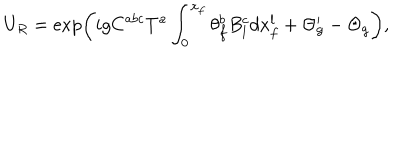
LaTeX: U _ { R } = \exp \left( i g C ^ { a b c } T ^ { a } \int _ { 0 } ^ { x _ { f } } \theta _ { f } ^ { b } B _ { l } ^ { c } d x _ { f } ^ { l } + \Theta _ { g } ^ { \prime } - \Theta _ { g } \right) ,